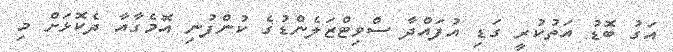
އަގު ބޮޑު އަތުކުރީ ގަޑި އުފައްދާ ސްވިޓްޒަލެންޑުގެ ކުންފުނި އޮމެގާއާ ދެކޮޅަށް މި